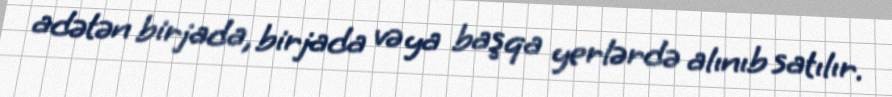
adətən birjada, birjada və ya başqa yerlərdə alınıb satılır.